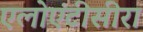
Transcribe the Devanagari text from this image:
एलोएंटीसीरा